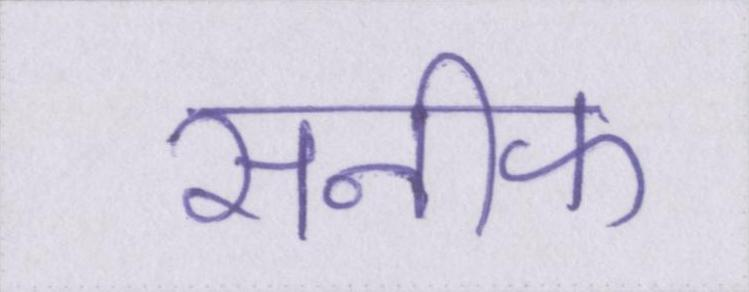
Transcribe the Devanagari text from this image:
सनीफ